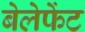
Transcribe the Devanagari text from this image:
बेलेफेंट